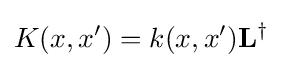
K(x,x')=k(x,x')\mathbf {L} ^{\dagger }